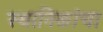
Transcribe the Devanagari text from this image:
स्थानिकांचा